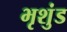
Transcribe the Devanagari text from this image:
भृशुंड